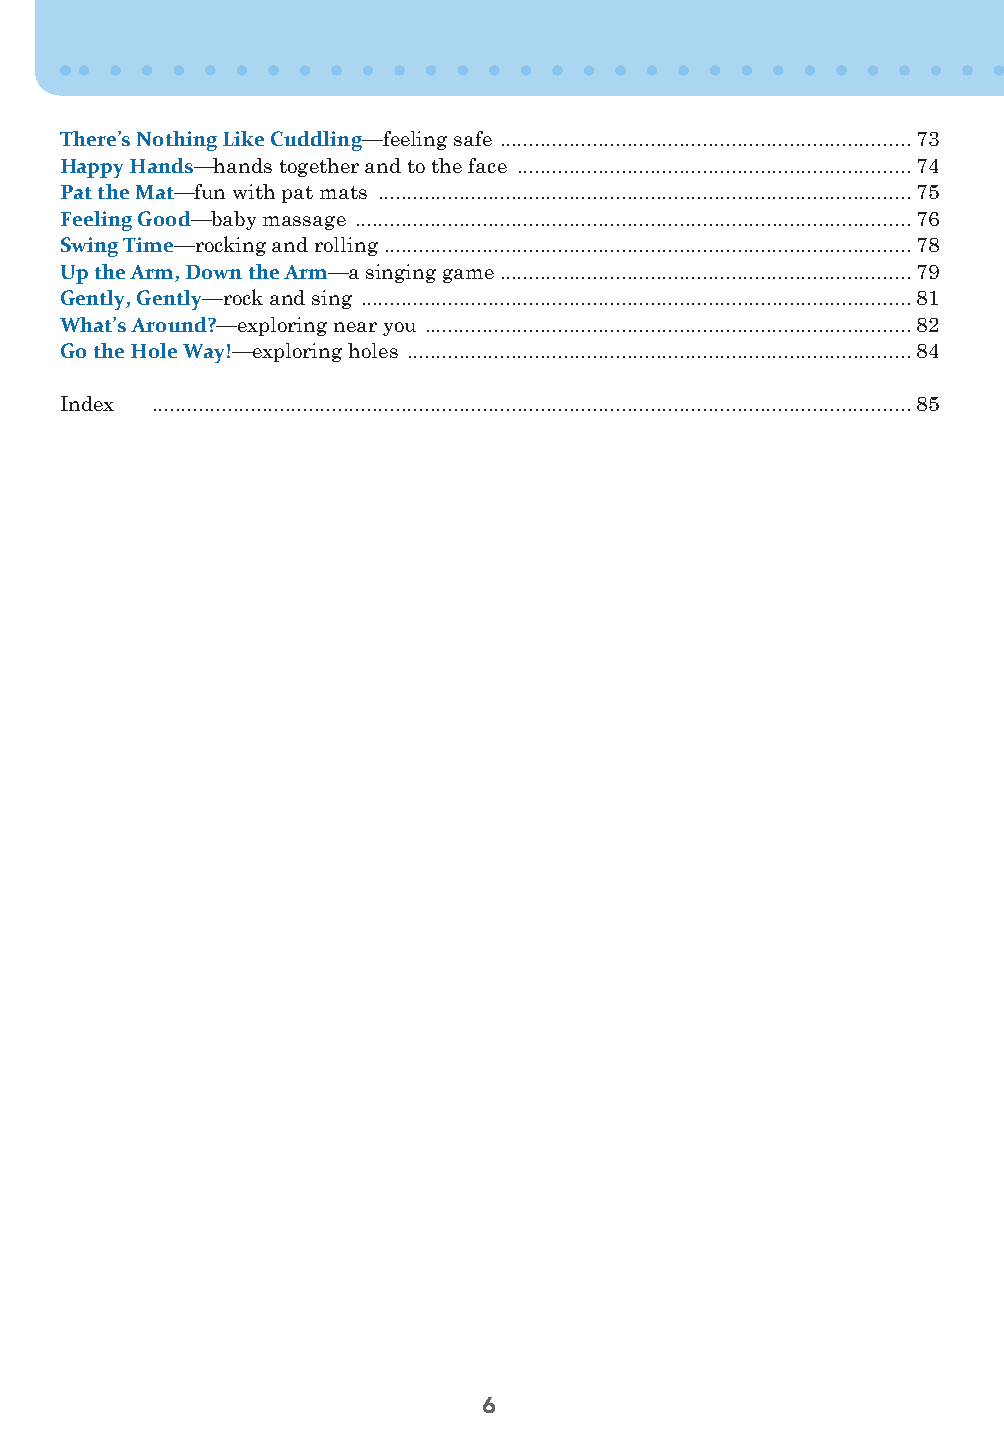
There’s Nothing Like Cuddling—feeling safe .......................................................................73
 Happy Hands—hands together and to the face ....................................................................74
 Pat the Mat—fun with pat mats ............................................................................................75
 Feeling Good—baby massage ................................................................................................76
 Swing Time—rocking and rolling ...........................................................................................78
 Up the Arm, Down the Arm—a singing game .......................................................................79
 Gently, Gently—rock and sing ...............................................................................................81
 What’s Around?—exploring near you ....................................................................................82
 Go the Hole Way!—exploring holes .......................................................................................84
 Index ...................................................................................................................................85
 6
 50FunBabies_FNL.indd 6                                    1/4/13 10:11 AM